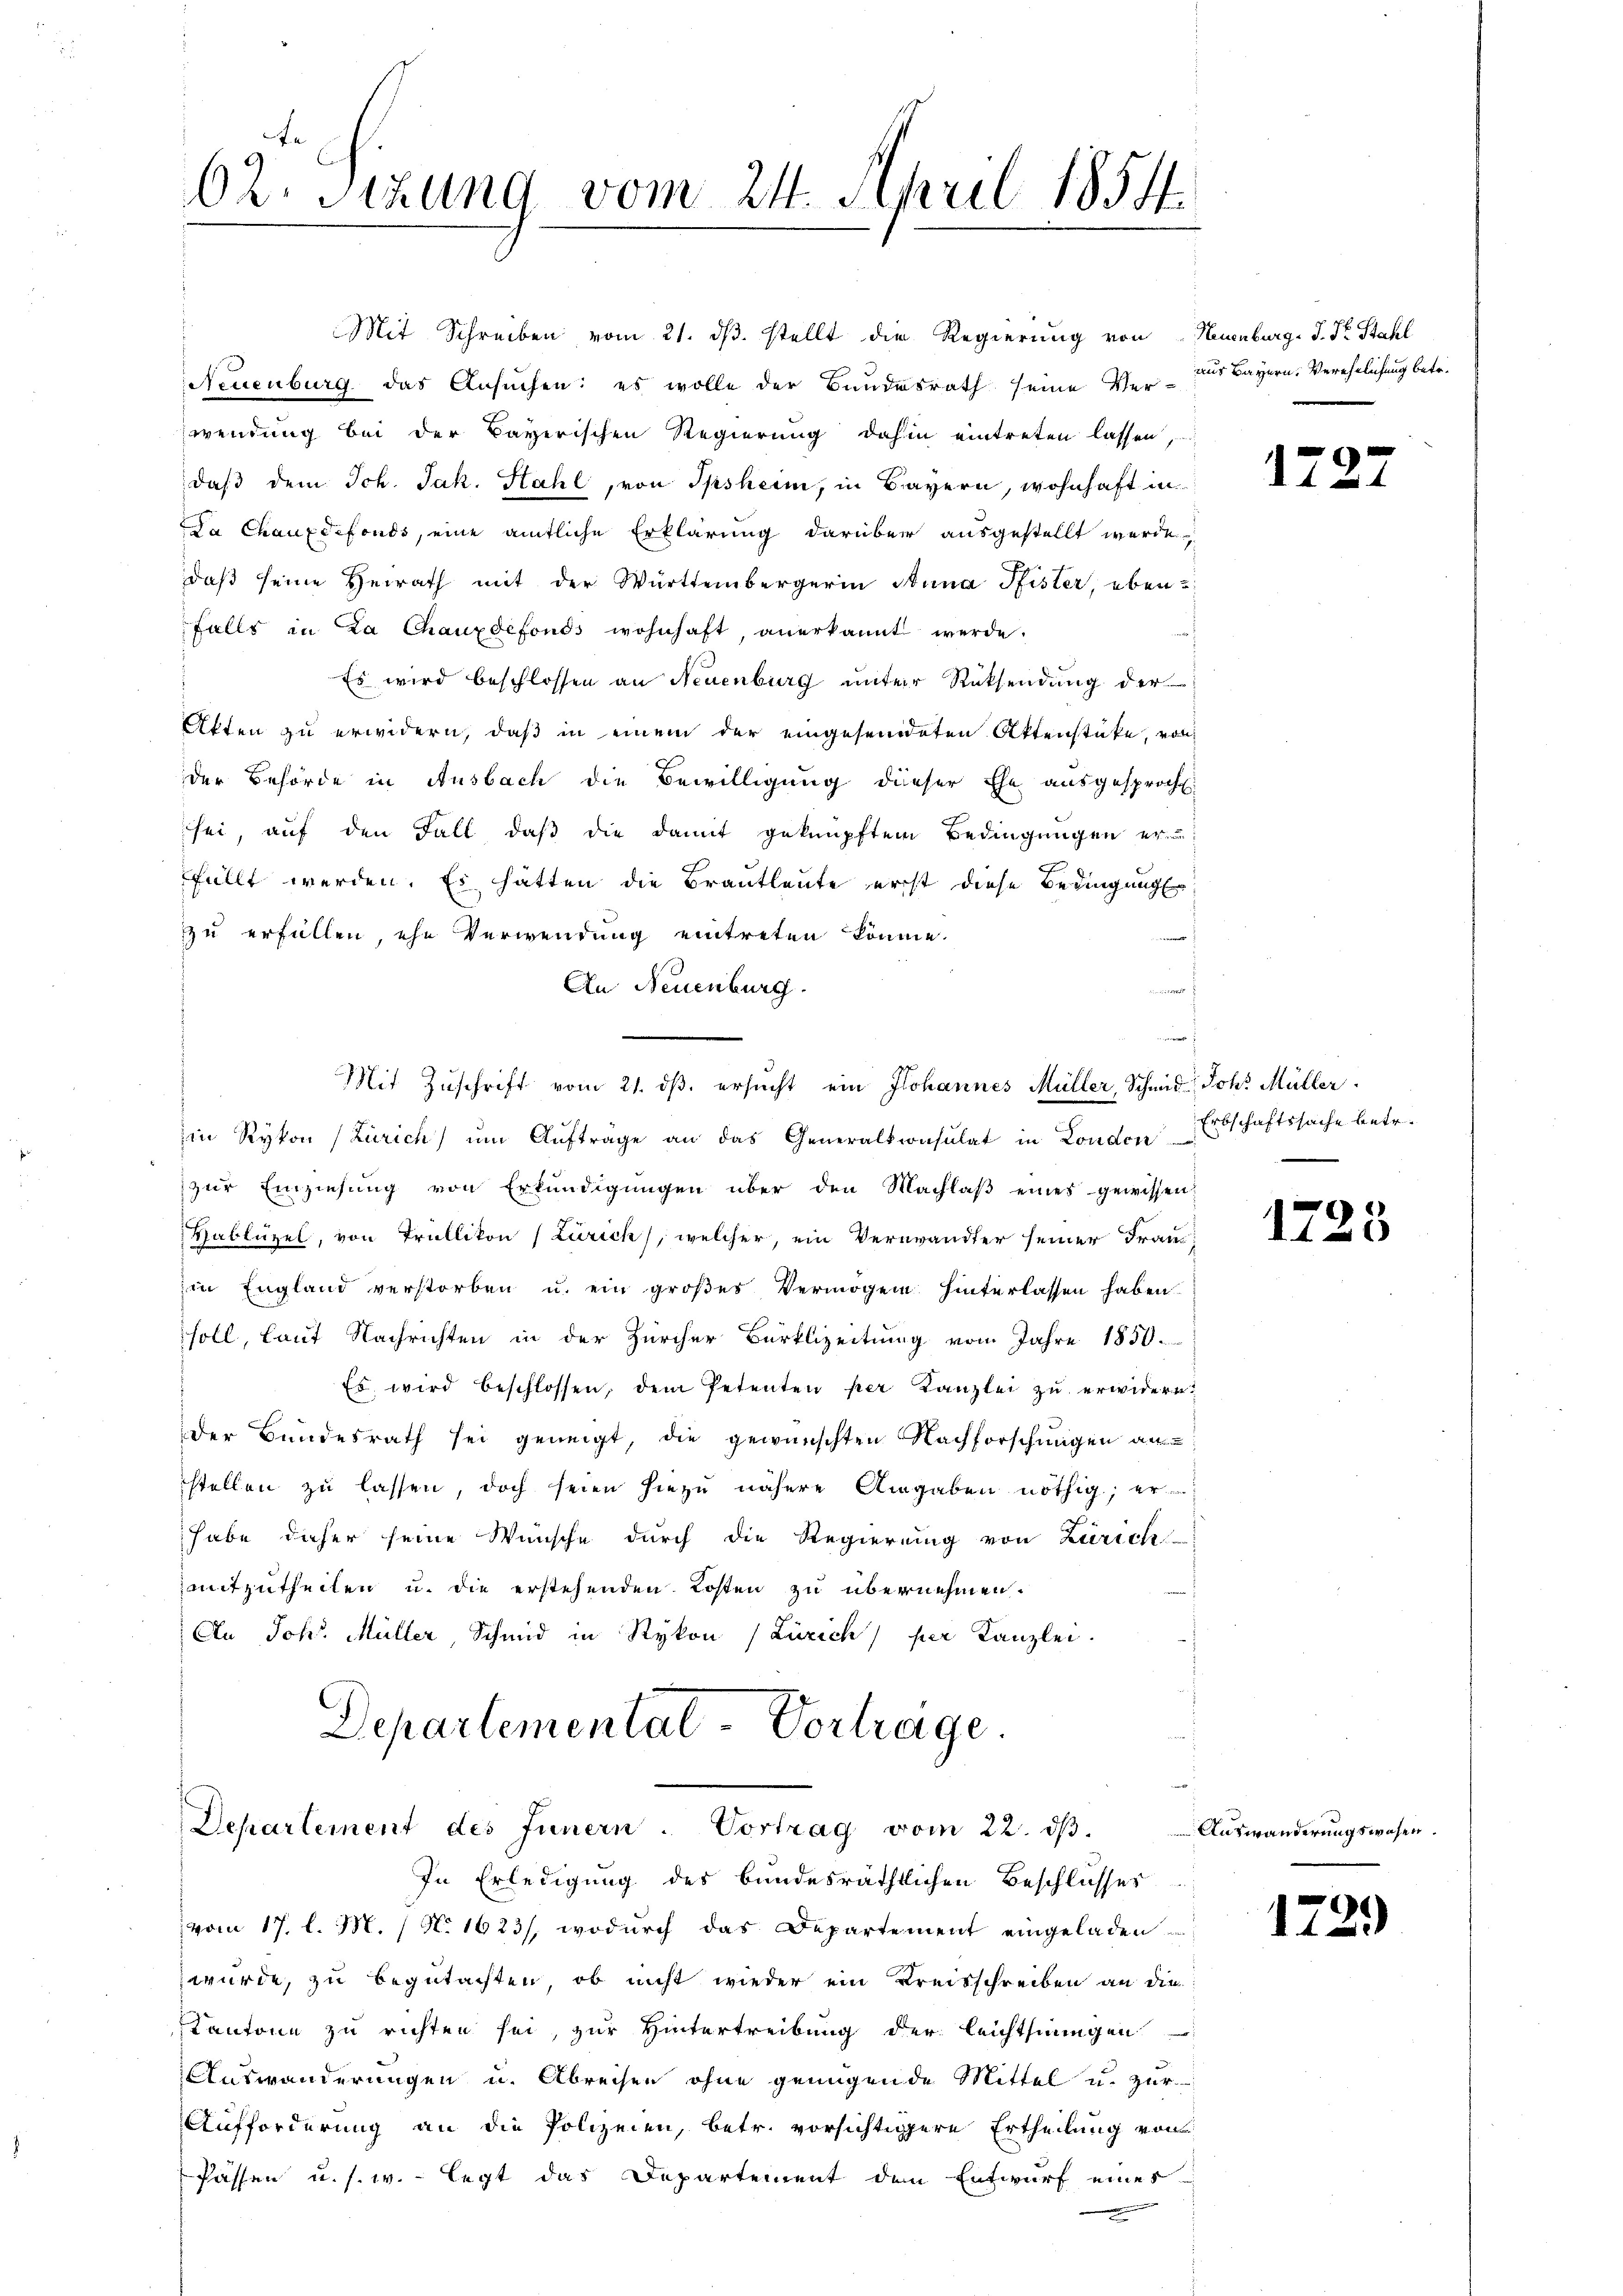
62. Sitzung vom 24. April 1854.

Mit Schreiben vom 21. ds. stellt die Regierung von
Neuenburg das Ansuchen: es wolle der Bundesrath seine Ver- aus Bayern, Verehelichung betre
wendung bei der Bayerischen Regierung dahin eintreten lassen,
daß dem Joh. Jak. Stahl, von Ipsheim, in Bayern, wohnhaft in
Da Chauxdefonds, eine amtliche Erklärung darüber ausgestellt werde,
daβ seine Heirath mit der Württembergerin Anna Pfister, eben-
falls in La Chauxdefonds wohnhaft, anerkannt werde.
Es wird beschlossen an Neuenburg unter Rücksendung der
Akten zu erwidern, daß in einem der eingesendeten Aktenstücke, von
der Behörde in Ausbach die Bewilligung dieser Ehe ausgesprocht.
sei, auf den Fall, daß die damit geknüpften Bedingungen er-
füllt werden. Es hätten die Brautleute erst diese Bedingunge
zu erfüllen, ehe Verwendung eintreten könne.
An Neuenburg.
 172

Mit Zuschrift vom 21. dβ. ersucht ein Johannes Müller, Schmid Joh. Müller
in Rykon (Zürich) um Aufträge an das Generalkonsulat in London Erbschaftssache betr.
zŭr Einziehŭng von Erkundigŭngen über den Machlaβ eines gewissen:
Hablüzel, von Trüllikon (Zürich, welcher, ein Verwandter seiner Franin England verstorben u. ein großes Vermögen hinterlassen haben.
soll, laut Nachrichten in der Zürcher Bürklzeitung vom Jahre 1850.
Es wird beschlossen, dem Petenten per Kanzlei zu erwidern.
der Bundesrath sei geneigt, die gewünschten Nachforschungen au
stellen zu lassen, doch seien hiezu nähere Angaben nöthig; er
habe daher seine Wünsche durch die Regierung von Zürich-
mitzutheilen u. die erstehenden Kosten zu übernehmen.
An Joh. Müller, Schmid in Rykon (Zürich) per Kanzlei.
Departemental-Vortrage.

vom 17. l. M. / N. 1623/, wodurch das Departement eingeladen
würde, zu begutachten, ob nicht wieder ein Kreisschreiben an die
Kantone zu richten sei, zur Hintertreibung der leichthingen
Auswanderungen u. Abreisen ohne genügende Mittel u. zur
Aufforderung an die Polizeien, betr. vorsichtigere Ertheilung von
Passen u. s. w. - legt das Departement den Entwurf eines
.

Departement des Innern. Vortrag vom 22. ds.
In Erledigung des bundesräthlichen Beschlusser

Neuenburg. J. Dr. Stahl

17

173

3

Auswanderungswesen.

1729